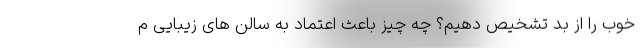
خوب را از بد تشخیص دهیم؟ چه چیز باعث اعتماد به سالن‌ های زیبایی م